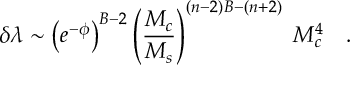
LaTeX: \delta \lambda \sim \left( e ^ { - \phi } \right) ^ { B - 2 } \left( { \frac { M _ { c } } { M _ { s } } } \right) ^ { ( n - 2 ) B - ( n + 2 ) } \; M _ { c } ^ { 4 } \quad .